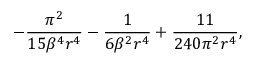
- \frac { \pi ^ { 2 } } { 1 5 \beta ^ { 4 } r ^ { 4 } } - \frac { 1 } { 6 \beta ^ { 2 } r ^ { 4 } } + \frac { 1 1 } { 2 4 0 \pi ^ { 2 } r ^ { 4 } } ,